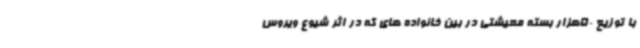
با توزیع 50هزار بسته معیشتی در بین خانواده های که در اثر شیوع ویروس